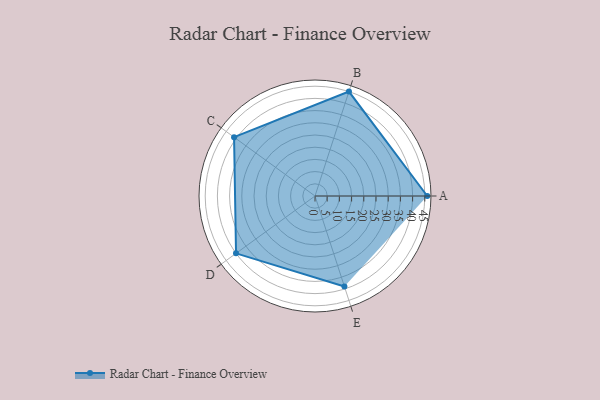
{"axis": {"x": "Skill", "y": "Score"}, "legend": ["Profile"], "data": [{"x": "A", "y": 46.0, "type": "Profile"}, {"x": "B", "y": 45.0, "type": "Profile"}, {"x": "C", "y": 41.0, "type": "Profile"}, {"x": "D", "y": 40.0, "type": "Profile"}, {"x": "E", "y": 39.0, "type": "Profile"}]}